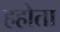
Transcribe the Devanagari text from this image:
हहोता